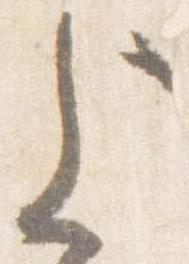
上